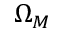
\Omega _ { M }